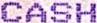
CASH